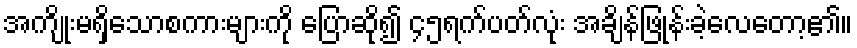
အကျိုးမရှိသောစကားများကို ပြောဆို၍ ၄၅ရက်ပတ်လုံး အချိန်ဖြုန်းခဲ့လေတော့၏။